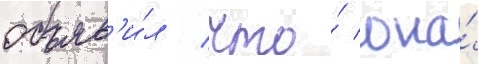
объяв'и́л / что́ она́